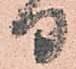
る